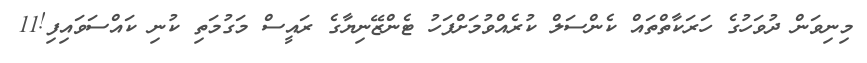
މިނިވަން ދުވަހުގެ ހަރަކާތްތައް ކެންސަލް ކުރެއްވުމަށްފަހު ޓެންޒޭނިޔާގެ ރައީސް މަގުމަތި ކުނި ކައްސަވައިފި!11